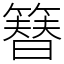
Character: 簮